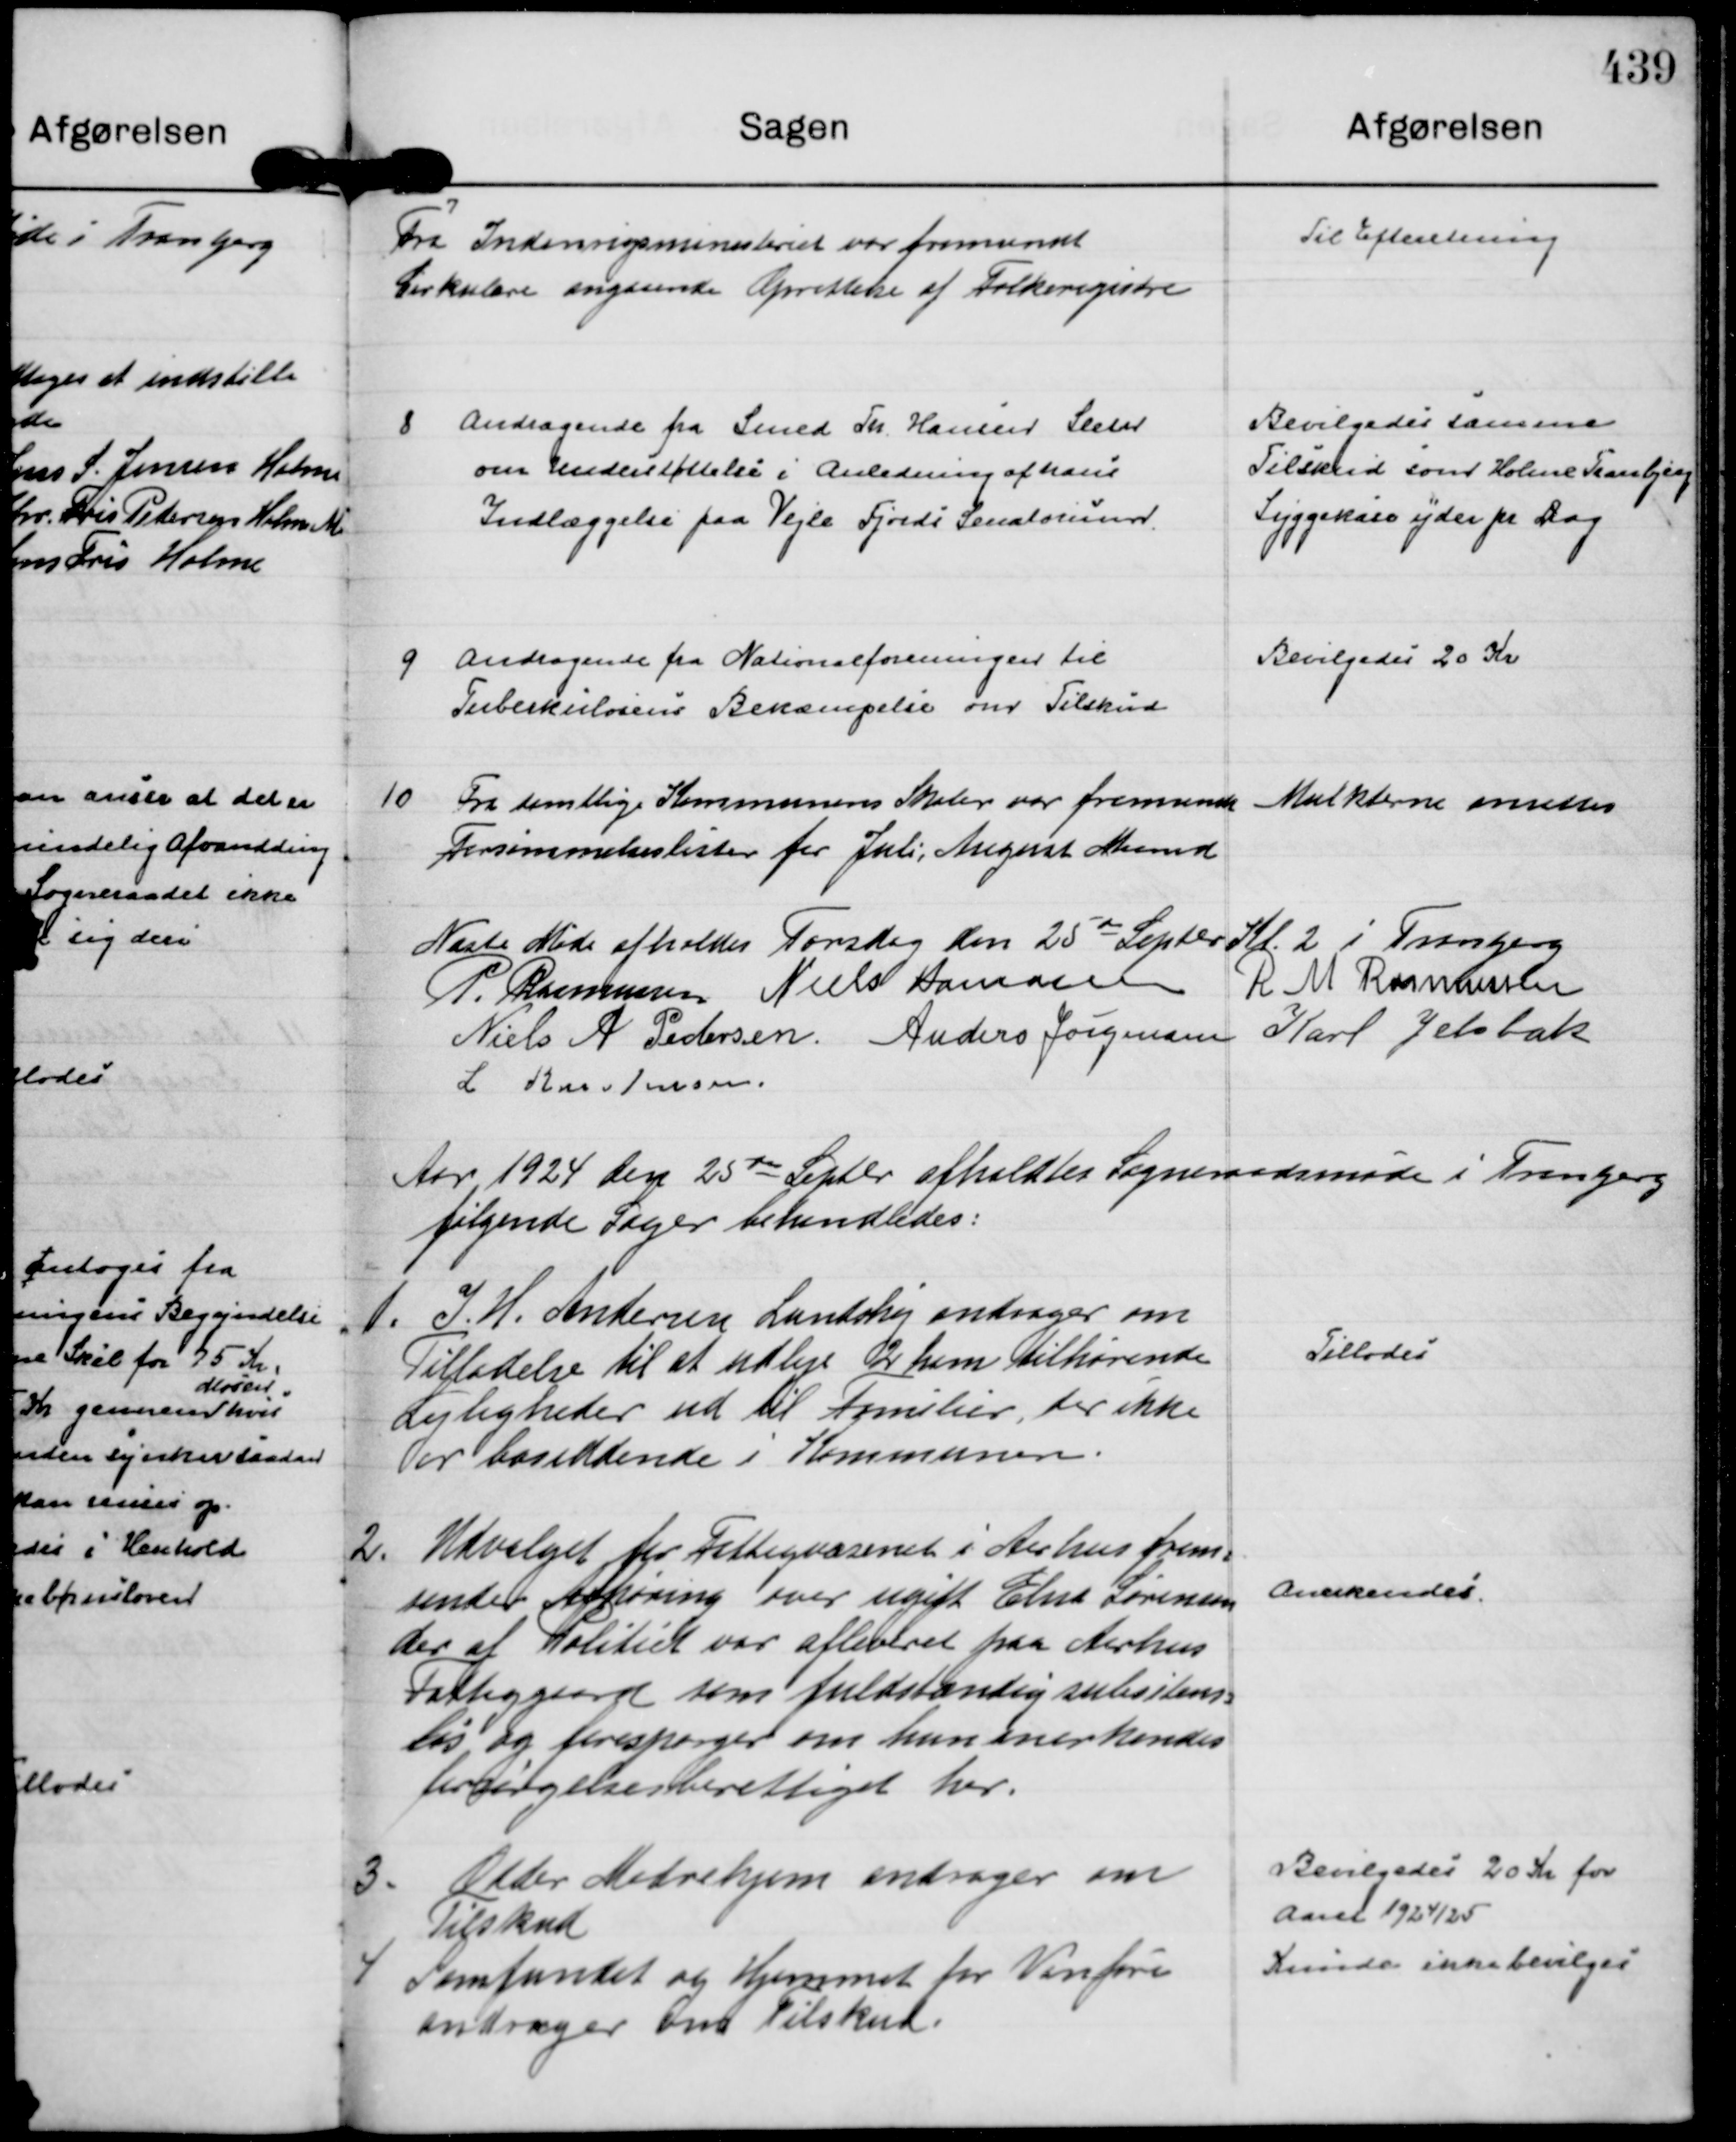
Transskription:
7
Fra Indenrigsministeriet var fremsendt
Cirkulære angaaende Oprettelse af Folkeregistre

Til Efteretning

8
Andragende fra Smed Th. Hansen Sleth
om Understøttelse i Anledning af hans
Indlæggelse paa Vejle Fjords Senatorium.

Bevilgedes samme
Tilskud som Holme Tranbjerg
Syggekase yder pr Dag

9
Andragende fra Nationalforeningen til
Tuberkulosens Bekæmpelse om Tilskud

Bevilgedes 20 Kr

10
Fra samtlige Kommunens Skoler var fremsendt 
Forsømmelseslister for Juli, August Maaned

Mulkterne ansattes

Næste Møde afholdes Torsdag den 25 de Septbr Kl. 2 i Tranbjerg
P. Rasmussen
Niels Hamann
R M Rasmussen
Niels A Pedersen.
Anders Jørgensen
Karl Jelsbak
L Kristensen.

Aar 1924 den 25 de Septbr afholdtes Sogneraadsmøde i Tranbjerg 
følgende Sager behandledes:

1.
I. H. Andersen Lundshøj andrager om
Tilladelse til at udleje 2 ham tilhørende
Lejligheder ud til Familier, der ikke
er bosiddende i Kommunen.

Tillodes

2.
Udvalget for Fattigvæsenet i Aarhus frem=
sender Afhøring over ugift Elna Sørensen
der at Politiet var afleveret paa Aarhus
Fattiggaard som fuldstændig subsitens=
løs og forespørger om hun anerkendes
forsørgelsesberettiget her.

Anerkendes.

3.
Odder Mødrehjem andrager om
Tilskud

Bevilgedes 20 Kr for
Aaret 1924/25

4
Samfundet og Hjemmet for Vanføre
andrager om Tilskud.

Kunde ikke bevilges